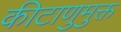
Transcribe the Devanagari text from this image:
कीटाणुमुक्त